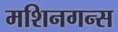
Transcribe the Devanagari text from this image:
मशिनगन्स